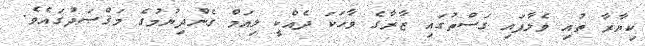
ކިޔާރާ ތުއި ވެލާފައި ގަސްތުގައި ޒާރާގެ ވާހަކަ ދެއްކީ ލިއަމް ގެންދިޔުމުގެ މަޤްޞަދުގައެވެ.